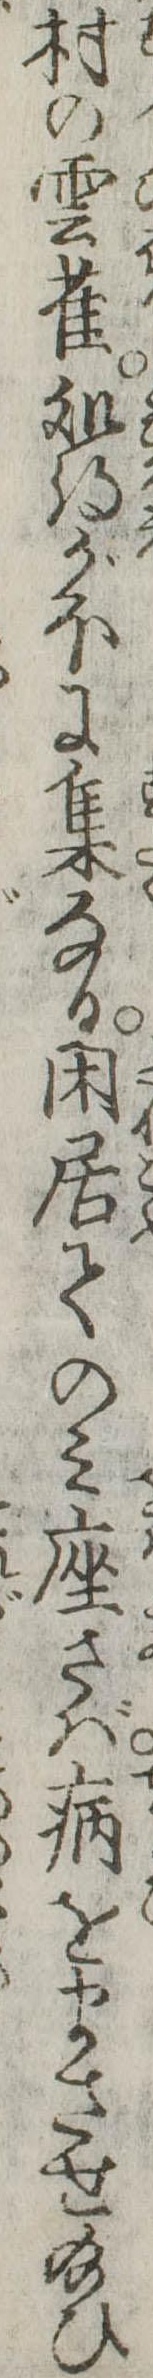
村の雲雀処得がほに集なる閑居てのみ座さば病をまさせ給ひ